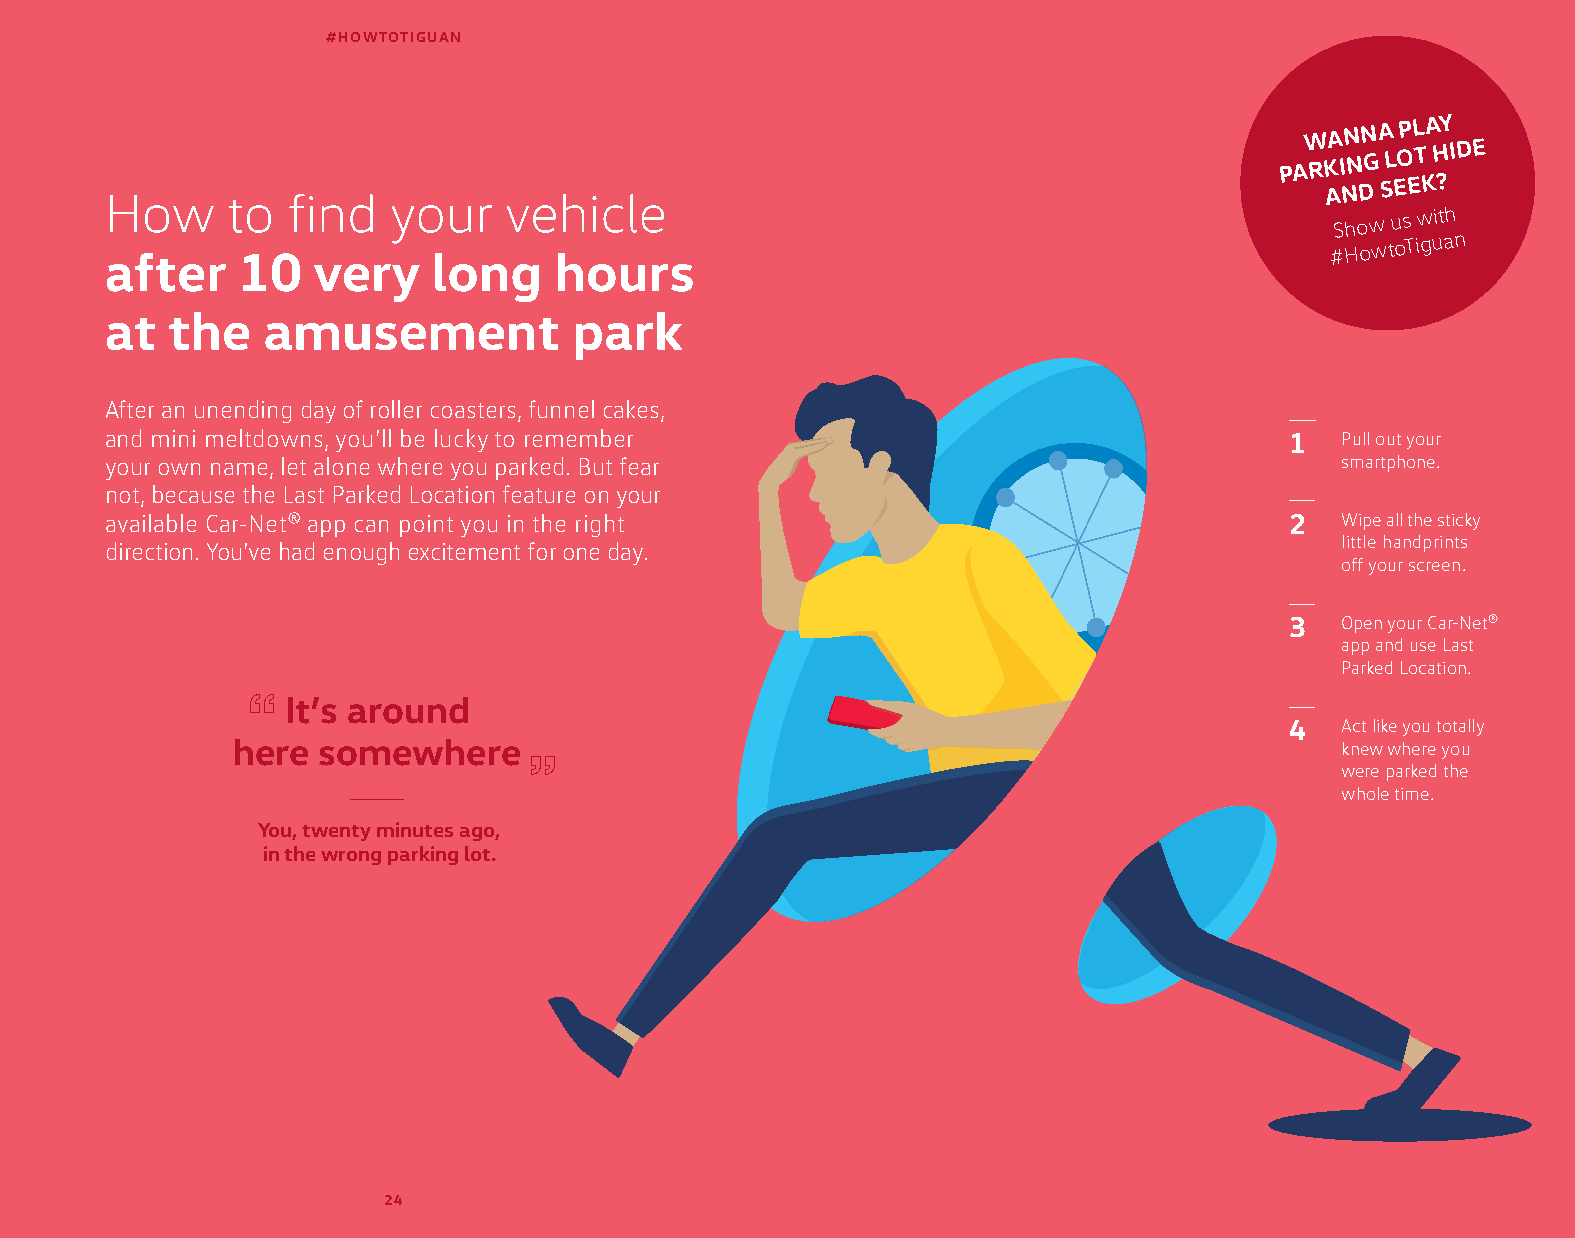
#HOWTOTIGUAN
 PAW RKA IN NN GA
 L
 OPL TA HY
 I DE
 How     to  find   your   vehicle
 AND
 SEEK?
 Show us
 with
 after    10   very    long    hours
 #HowtoTiguan
 at  the   amusement            park
 After an unending day of roller coasters, funnel cakes,
 and mini meltdowns, you’ll be lucky to remember                               1   Pull out your
 your own name, let alone where you parked. But fear                               smartphone.
 not, because the Last Parked Location feature on your
 available Car-Net® app can point you in the right                             2   Wipe all the sticky
 little handprints
 direction. You’ve had enough excitement for one day.
 off your screen.
 3   Open your Car-Net®
 app and use Last
 Parked Location.
 It’s around
 4   Act like you totally
 here  somewhere                                                           knew where you
 were parked the
 whole time.
 You, twenty minutes ago,
 in the wrong parking lot.
 24